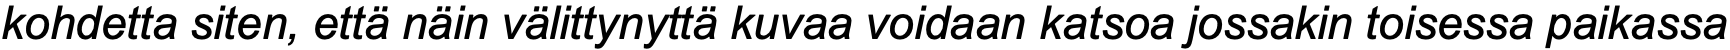
kohdetta siten, että näin välittynyttä kuvaa voidaan katsoa jossakin toisessa paikassa